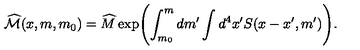
\widehat { { \cal M } } ( x , m , m _ { 0 } ) = \widehat { M } \exp \Biggl ( \int _ { m _ { 0 } } ^ { m } d m ^ { \prime } \int d ^ { 4 } x ^ { \prime } S ( x - x ^ { \prime } , m ^ { \prime } ) \Biggr ) .